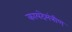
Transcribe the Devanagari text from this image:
कायदेमंत्रीण